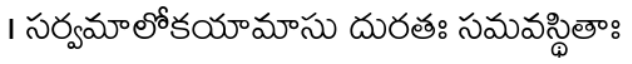
। సర్వమాలోకయామాసు దురతః సమవస్థితాః